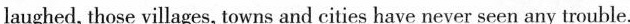
laughed, those villages, towns and cities have never seen any trouble.